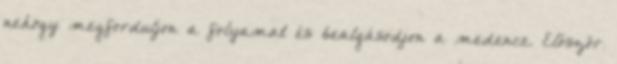
nehogy megforduljon a folyamat és bealgásodjon a medence. Először